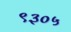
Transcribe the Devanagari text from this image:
९३०५